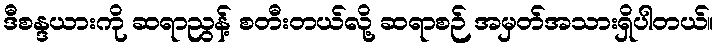
ဒီစန္ဒယားကို ဆရာညွန့် စတီးတယ်လို့ ဆရာစဉ် အမှတ်အသားရှိပါတယ်။